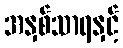
အနှစ်သာရနှင့်